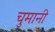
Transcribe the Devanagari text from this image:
चुमानी